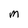
Character: m